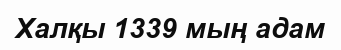
Халқы 1339 мың адам